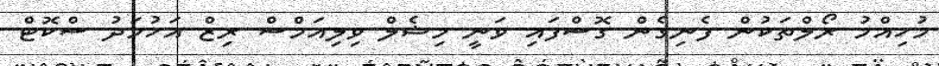
މުހިއްމު ރޯލްތަކުން ފެނިގެން ގޮސްފައި ވަނީ މިޝެލް ވިލިއަމްސް ރިޒް އަހުމަދު ސްކޮޓް